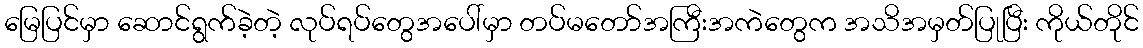
မြေပြင်မှာ ဆောင်ရွက်ခဲ့တဲ့ လုပ်ရပ်တွေအပေါ်မှာ တပ်မတော်အကြီးအကဲတွေက အသိအမှတ်ပြုပြီး ကိုယ်တိုင်